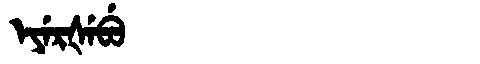
Manchu: ᡝᠶᡝᡵᡧᡝᠪᡠ
Romanization: EYERŠEBU